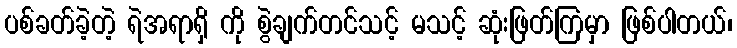
ပစ်ခတ်ခဲ့တဲ့ ရဲအရာရှိ ကို စွဲချက်တင်သင့် မသင့် ဆုံးဖြတ်ကြမှာ ဖြစ်ပါတယ်၊